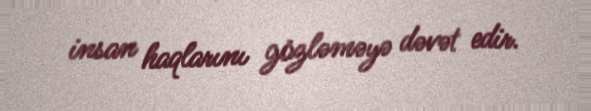
insan haqlarını gözləməyə dəvət edir.